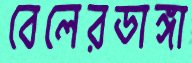
বেলেরডাঙ্গা